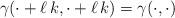
LaTeX: \begin{align*}\gamma(\cdot+\ell \,k,\cdot+\ell \,k)=\gamma(\cdot,\cdot)\end{align*}